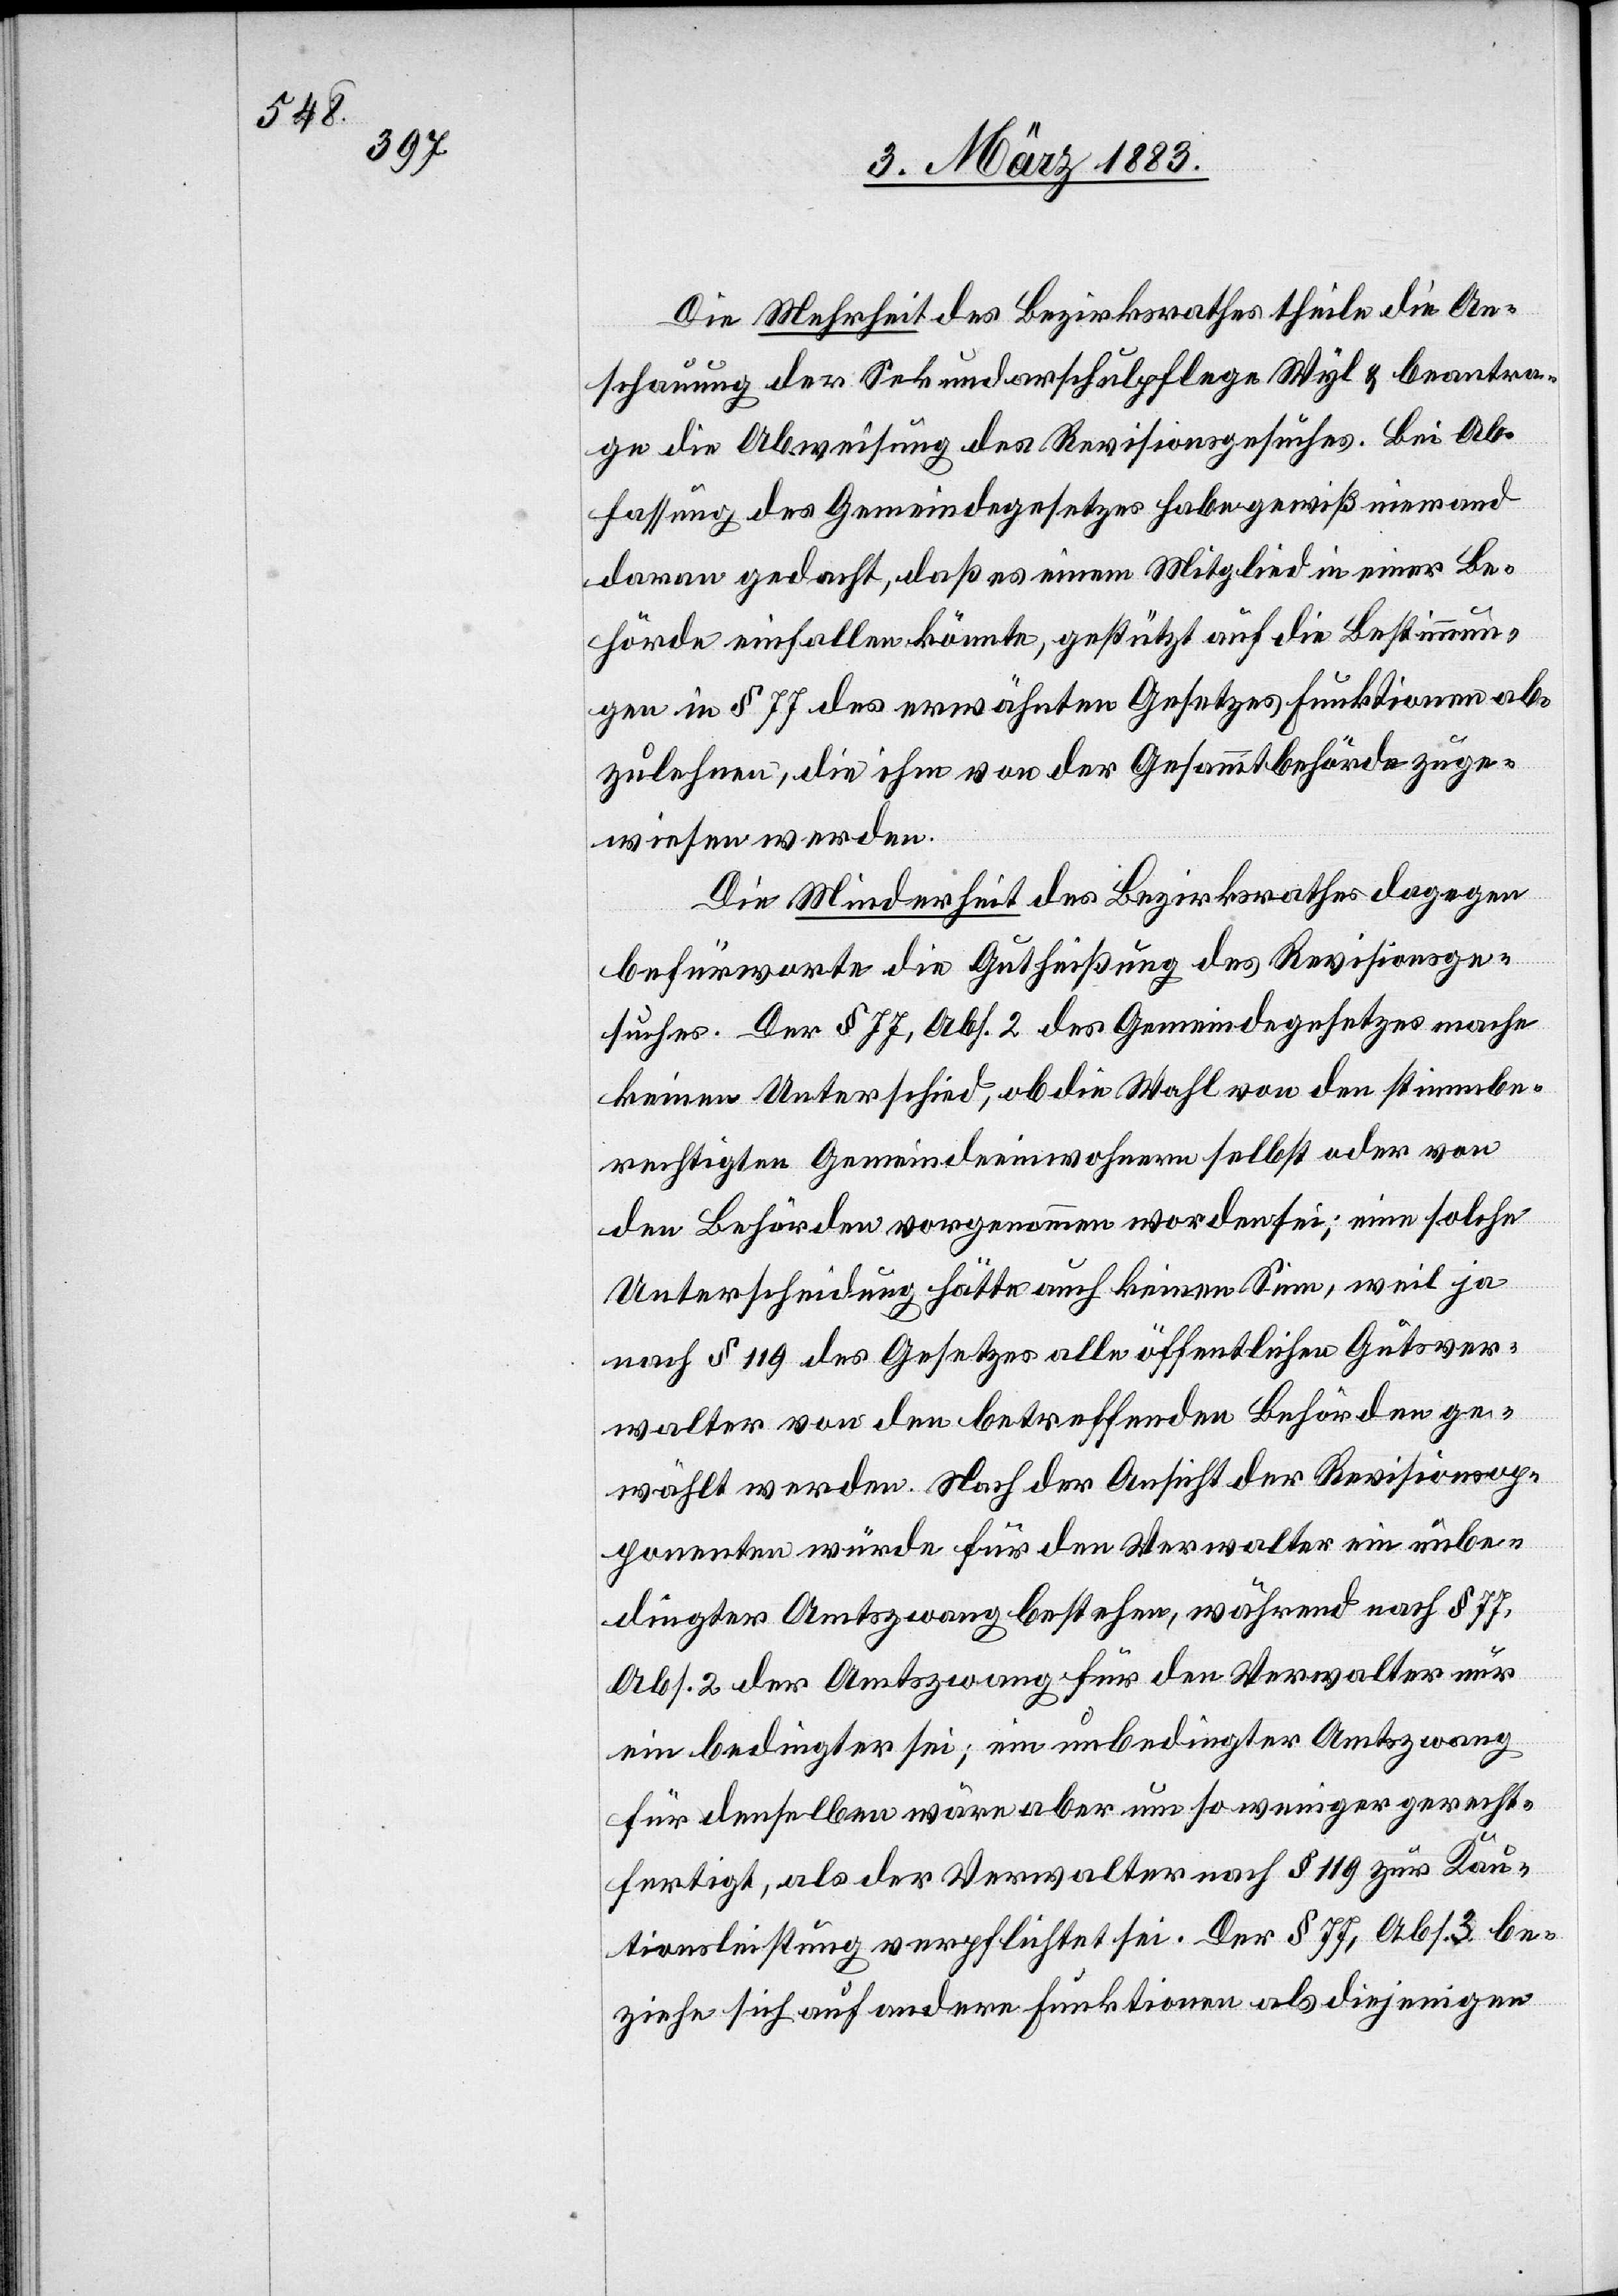
Die Mehrheit des Bezirksrathes theile die An¬
schauung der Sekundarschulpflege Wyl & beantra¬
ge die Abweisung des Revisionsgesuches. Bei Ab¬
fassung des Gemeindegesetzes habe gewiß niemand
daran gedacht, daß es einem Mitglied in einer Be¬
hörde einfallen könnte, gestützt auf die Bestimmun¬
gen in § 77 des erwähnten Gesetzes Funktionen ab¬
zulehnen, die ihm von der Gesammtbehörde zuge¬
wiesen werden.
Die Minderheit des Bezirksrathes dagegen
befürworte die Gutheißung des Revisionsge¬
suches. Der § 77, Abs. 2 des Gemeindegesetzes mache
keinen Unterschied, ob die Wahl von den stimmbe¬
rechtigten Gemeindeeinwohnern selbst oder von
den Behörden vorgenommen worden sei; eine solche
Unterscheidung hätte auch keinen Sinn, weil ja
nach § 119 des Gesetzes alle öffentlichen Gutsver¬
walter von den betreffenden Behörden ge¬
wählt werden. Nach der Ansicht der Revisionsop¬
ponenten würde für den Verwalter ein unbe¬
dingter Amtszwang bestehen, während nach § 77,
Abs. 2 der Amtszwang für den Verwalter nur
ein bedingter sei; ein unbedingter Amtszwang
für denselben wäre aber um so weniger gerecht¬
fertigt, als der Verwalter nach § 119 zur Kau¬
tionsleistung verpflichtet sei. Der § 77, Abs. 3 be¬
ziehe sich auf andere Funktionen als diejenigen